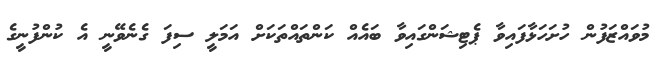
މުވައްޒަފުން ހުށަހަޅާފައިވާ ޕެޓިޝަންގައިވާ ބައެއް ކަންތައްތަކަށް އަމަލީ ސިފަ ގެނެވޭނީ އެ ކުންފުނީގެ